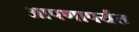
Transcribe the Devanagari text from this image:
आपणापर्यंत